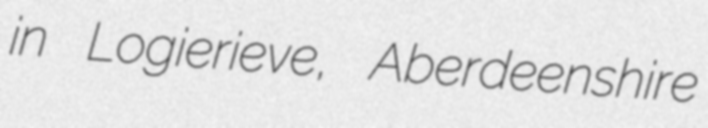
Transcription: in Logierieve, Aberdeenshire